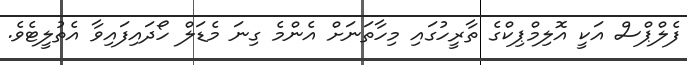
ފެލްޕްސް އަކީ އޮލިމްޕިކްގެ ތާރީހުގައި މިހާތަނަށް އެންމެ ގިނަ މެޑަލް ހޯދައިފައިވާ އެތުލީޓެވެ.